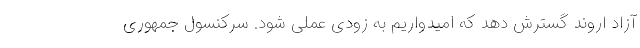
آزاد اروند گسترش دهد که امیدواریم به زودی عملی شود. سرکنسول جمهوری